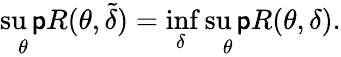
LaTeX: \operatorname*{su\mathsf{p}}_{\theta}R(\theta,{\tilde{{\delta}}})=\operatorname*{inf}_{\delta}\operatorname*{su\mathsf{p}}_{\theta}R(\theta,\delta).